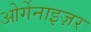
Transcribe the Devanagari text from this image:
ओर्गेनाइज़र